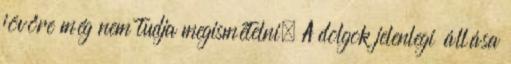
jövőre még nem tudja megismételni. A dolgok jelenlegi állása